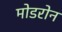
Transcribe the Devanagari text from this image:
मोडरोन